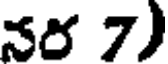
నర 7)